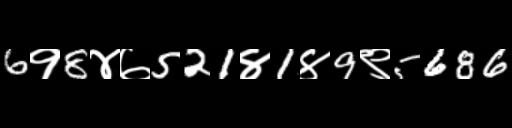
Text: 6१8४७521४1४9९5686